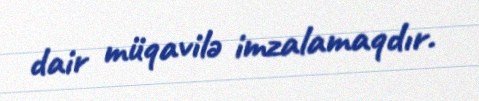
dair müqavilə imzalamaqdır.